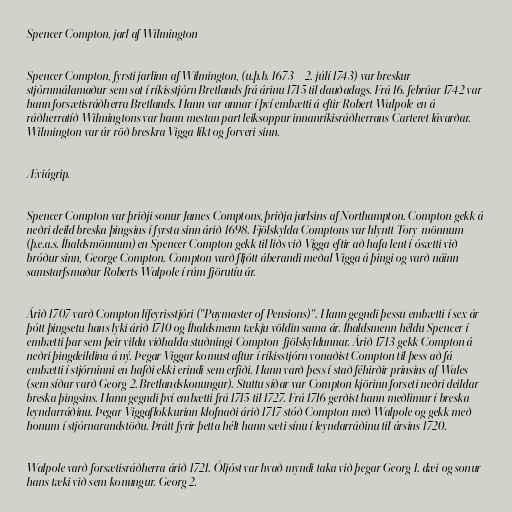
Spencer Compton, jarl af Wilmington

Spencer Compton, fyrsti jarlinn af Wilmington, (u.þ.b. 1673 – 2. júlí 1743) var breskur
stjórnmálamaður sem sat í ríkisstjórn Bretlands frá árinu 1715 til dauðadags. Frá 16. febrúar 1742 var
hann forsætisráðherra Bretlands. Hann var annar í því embætti á eftir Robert Walpole en á
ráðherratíð Wilmingtons var hann mestan part leiksoppur innanríkisráðherrans Carteret lávarðar.
Wilmington var úr röð breskra Vigga líkt og forveri sinn.

Æviágrip.

Spencer Compton var þriðji sonur James Comptons, þriðja jarlsins af Northampton. Compton gekk á
neðri deild breska þingsins í fyrsta sinn árið 1698. Fjölskylda Comptons var hlyntt Tory-mönnum
(þ.e.a.s. Íhaldsmönnum) en Spencer Compton gekk til liðs við Vigga eftir að hafa lent í ósætti við
bróður sinn, George Compton. Compton varð fljótt áberandi meðal Vigga á þingi og varð náinn
samstarfsmaður Roberts Walpole í rúm fjörutíu ár.

Árið 1707 varð Compton lífeyrisstjóri ("Paymaster of Pensions)". Hann gegndi þessu embætti í sex ár
þótt þingsetu hans lyki árið 1710 og Íhaldsmenn tækju völdin sama ár. Íhaldsmenn héldu Spencer í
embætti þar sem þeir vildu viðhalda stuðningi Compton-fjölskyldunnar. Árið 1713 gekk Compton á
neðri þingdeildina á ný. Þegar Viggar komust aftur í ríkisstjórn vonaðist Compton til þess að fá
embætti í stjórninni en hafði ekki erindi sem erfiði. Hann varð þess í stað féhirðir prinsins af Wales
(sem síðar varð Georg 2. Bretlandskonungur). Stuttu síðar var Compton kjörinn forseti neðri deildar
breska þingsins. Hann gegndi því embætti frá 1715 til 1727. Frá 1716 gerðist hann meðlimur í breska
leyndarráðinu. Þegar Viggaflokkurinn klofnaði árið 1717 stóð Compton með Walpole og gekk með
honum í stjórnarandstöðu. Þrátt fyrir þetta hélt hann sæti sínu í leyndarráðinu til ársins 1720.

Walpole varð forsætisráðherra árið 1721. Óljóst var hvað myndi taka við þegar Georg 1. dæi og sonur
hans tæki við sem konungur. Georg 2.